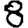
Digit: 8